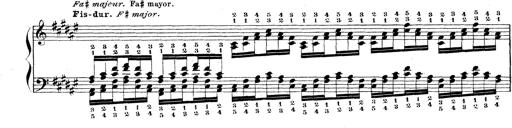
Title: Technische Studien
Composer: Franz Liszt